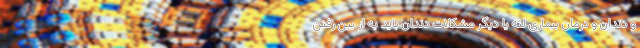
و دندان و درمان بیماری لثه یا دیگر مشکلات دندان باید به از بین رفتن